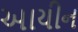
આયીન